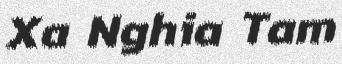
Xa Nghia Tam